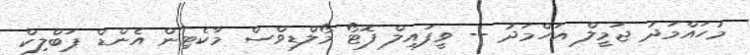
މުހައްމަދު ޖަމީލް އަހްމަދު -- ވީފައިލް ފޮޓޯ މޯލްޑިވްސް މާކެޓިން އެންޑް ޕަބްލިކް